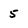
Character: 5